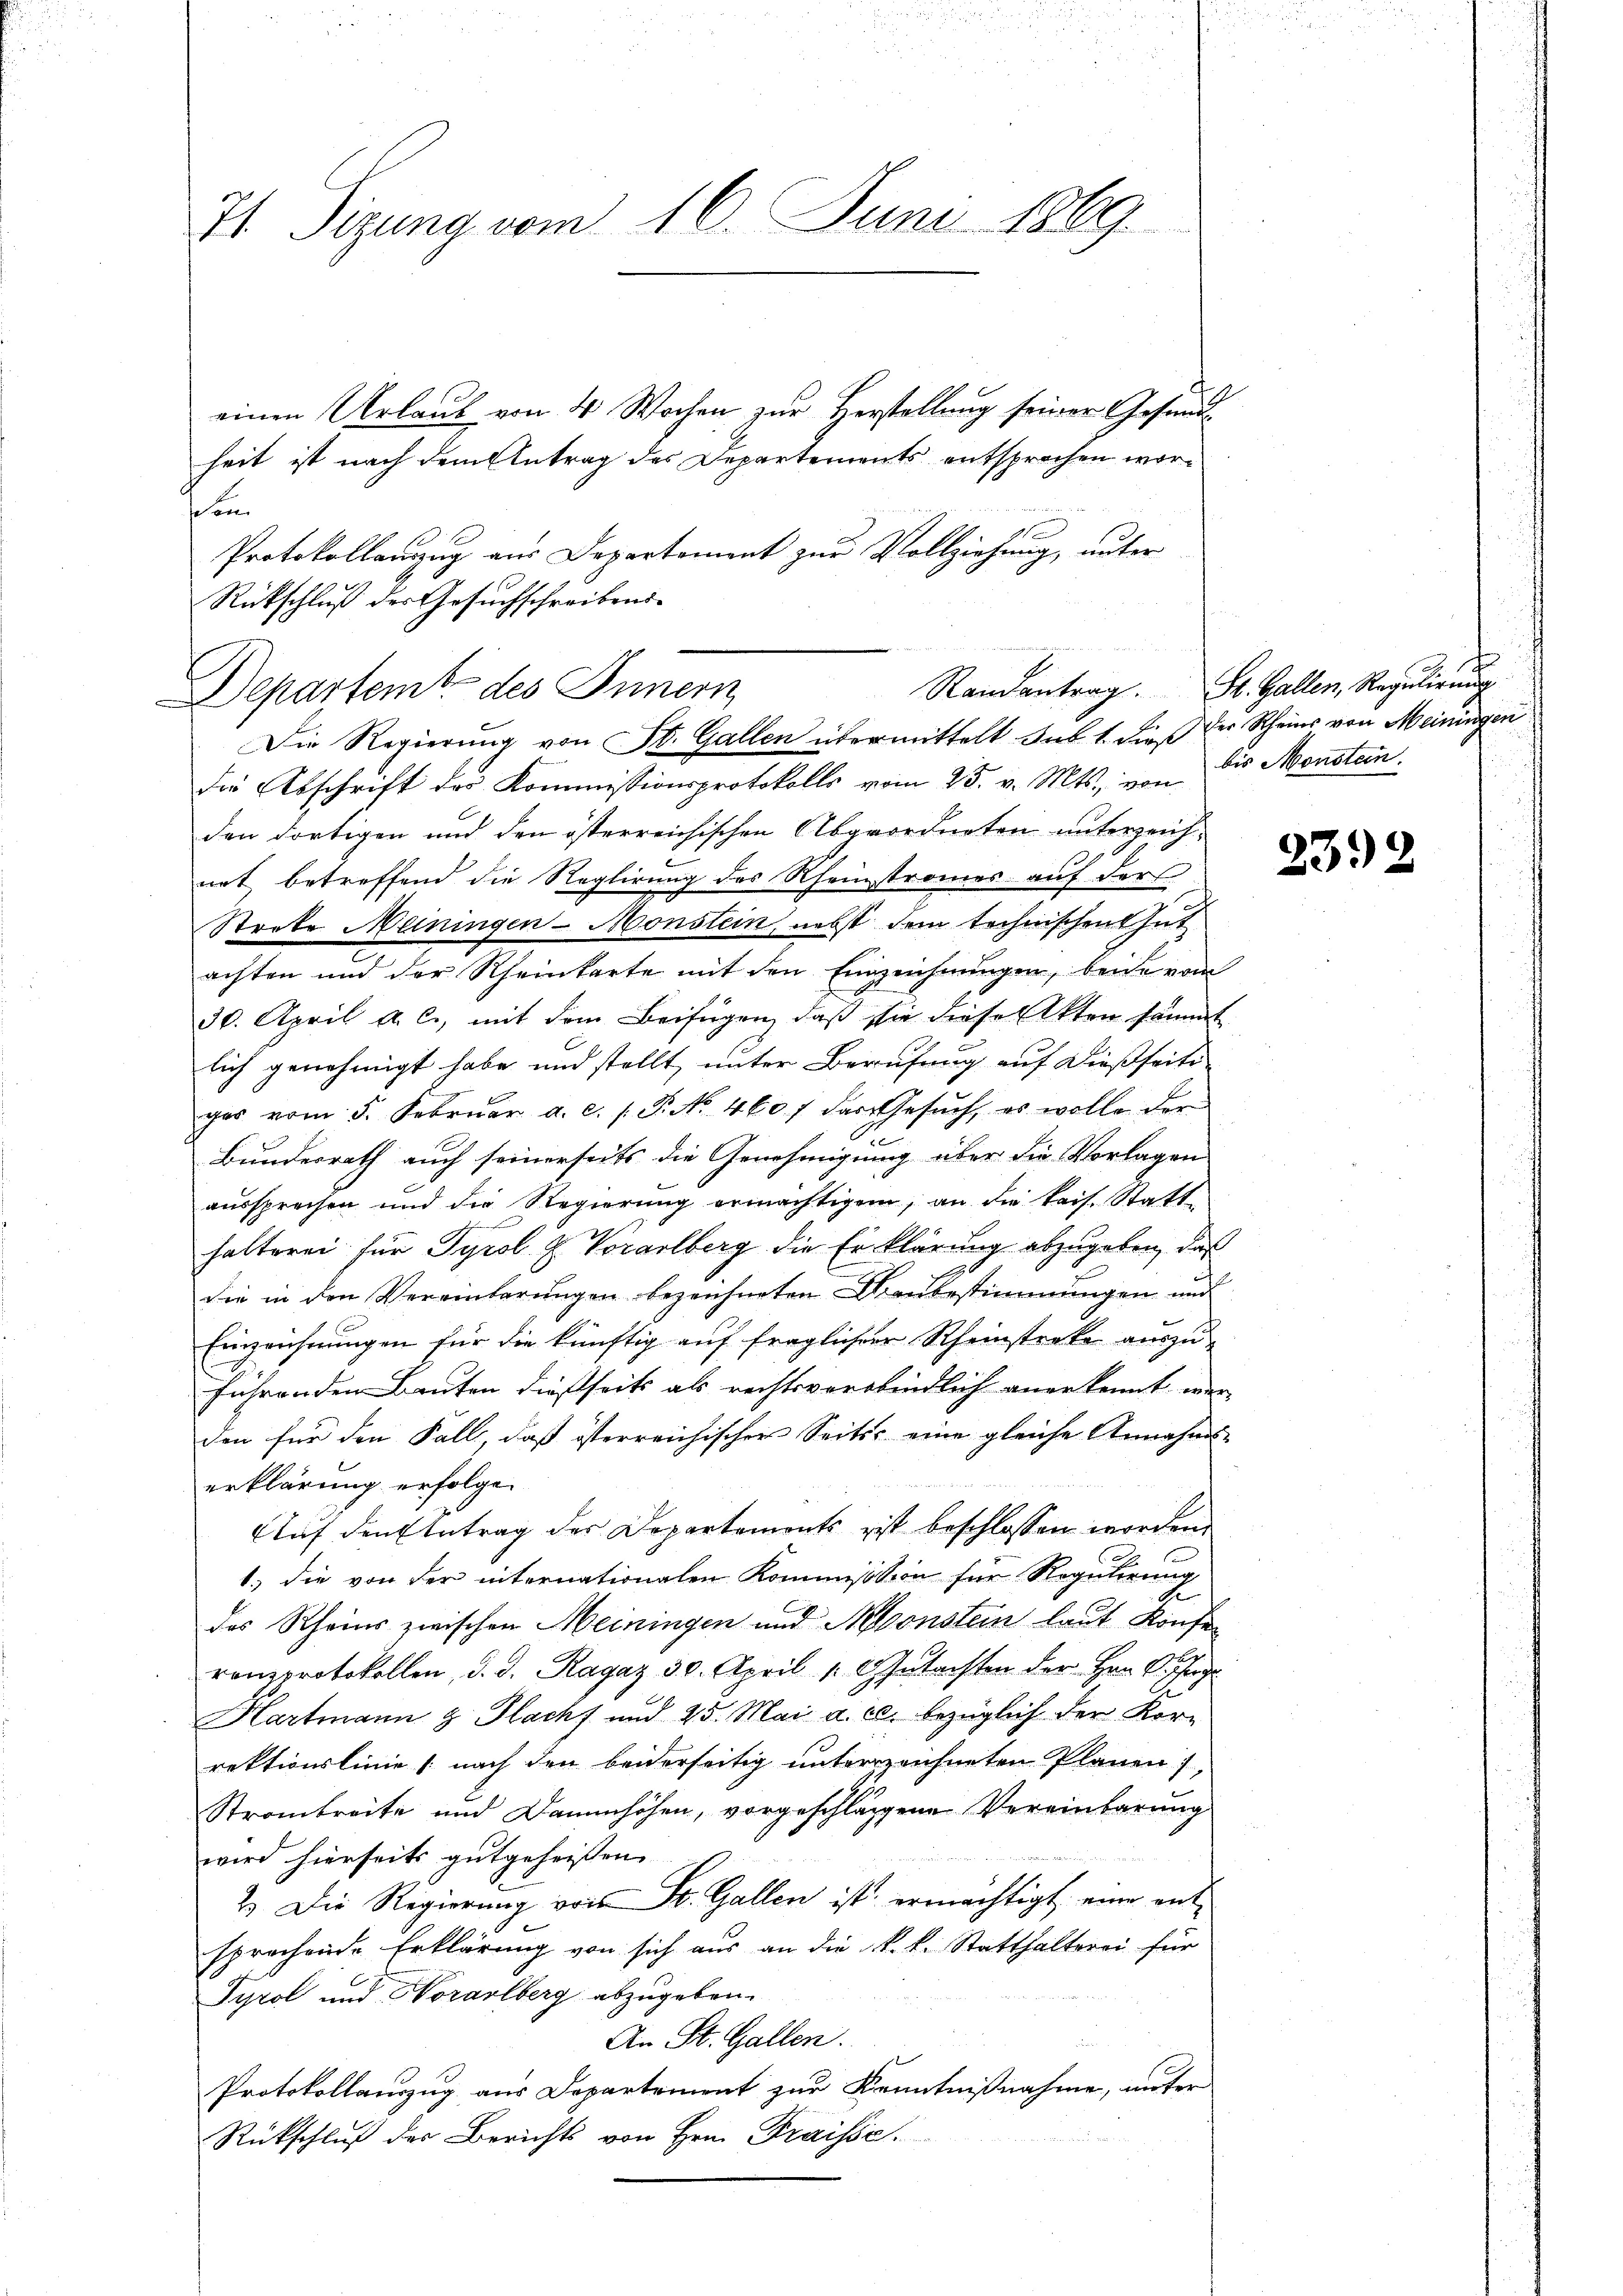
71. Sizung vom 16. Juni 1869.

einen Urlaub von 4 Wochen zur Herstellung seiner Gesundheit ist nach dem Antrag des Departements entsprochen worschon
Protokollanzug aus Departement zur Vollziehung, unter
Rückschluß des Gesuchschreibens-
Departemb. des Innern
die Abschrift des Kommissionsprotokolls vom 25. v. Mts., von bis Monstein.
den dortigen und den österreichischen Abgeordneten unterzeichart betreffend die Reglirung des Rheinstromes auf der
Strrte Meiningen - Monstein, nebst dem technischen thut
achten und der Rheinkarte mit den Einzeichnŭngen, beide vom
30. April a. c., mit dem Beifügen, daß sie diese Akten sämmt
lich genehmigt habe und stellt unter Berufung auf dießseits-
gas vom 5. Febrŭar a.c. (T. No. 4607 das Gesŭch, es wolle der
Bundesrath auch seinerseits die Genehmigung über die Vorlagen
aussprechen und die Regierŭng ermächtigen, an die tais. Statt-
halterei für Tyrol & Vorarlberg die Erklärung abzugeben, daß
die in den Vereinbarungen bezeichneten Raubestimmungen und
Einzeichnungen für die künftig auf fraglichen Rheinstreke auszuführenden Bauten dießseits als rechtsverbindlich anerkennt wer-
den für den Fall, daß österreichischer Seits eine gleiche Annahms-
erklärung erfolgen
Auf den Antrag der Departements ist beschlossen worden.
1.) die von der internationalen Kommission für Regulirung
des Rheins zwischen Meiningen und Monstein laut Konferonzprotokollen, d. d. Ragaz 30. April 1. Gutachten der Hrn. O. Ingr
Hartmann & Flacht und 25. Mai a. c. bezüglich der Kor-
rektionslinie (nach den beiderseitig unterreichneten Planen),
Stromtreite und Dammhöhen, vorgeschlagene Vereinbarung
wird hierseits gutgeheissen
2. Die Regierung von St. Gallen ist ermächtigt eine ent-
sprachende Erklärung von sich aus an die k. k. Statthalterei für
Tyrol und Horarlberg abzugeben.
An St. Gallen.
Protokollauszug aus Departement zur Kenntnißnahme, unter
Rückschluß des Berichts von Hrn. Fraisse.

Die Regierung von St. Gallen übermittelt sub. 1. dieß der Rheins von Meiningen

Randantrag. St. Gallen, Regulirung

2392